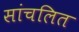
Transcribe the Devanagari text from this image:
सांचलित